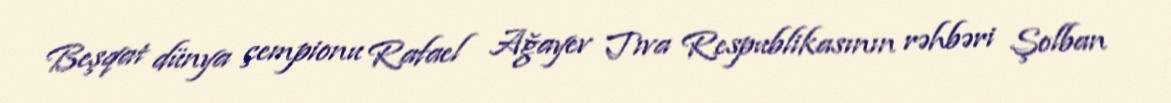
Beşqat dünya çempionu Rafael Ağayev Tıva Respublikasının rəhbəri Şolban